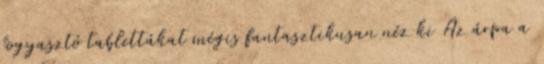
fogyasztó tablettákat mégis fantasztikusan néz ki Az árpa a